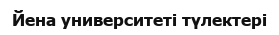
Йена университеті түлектері